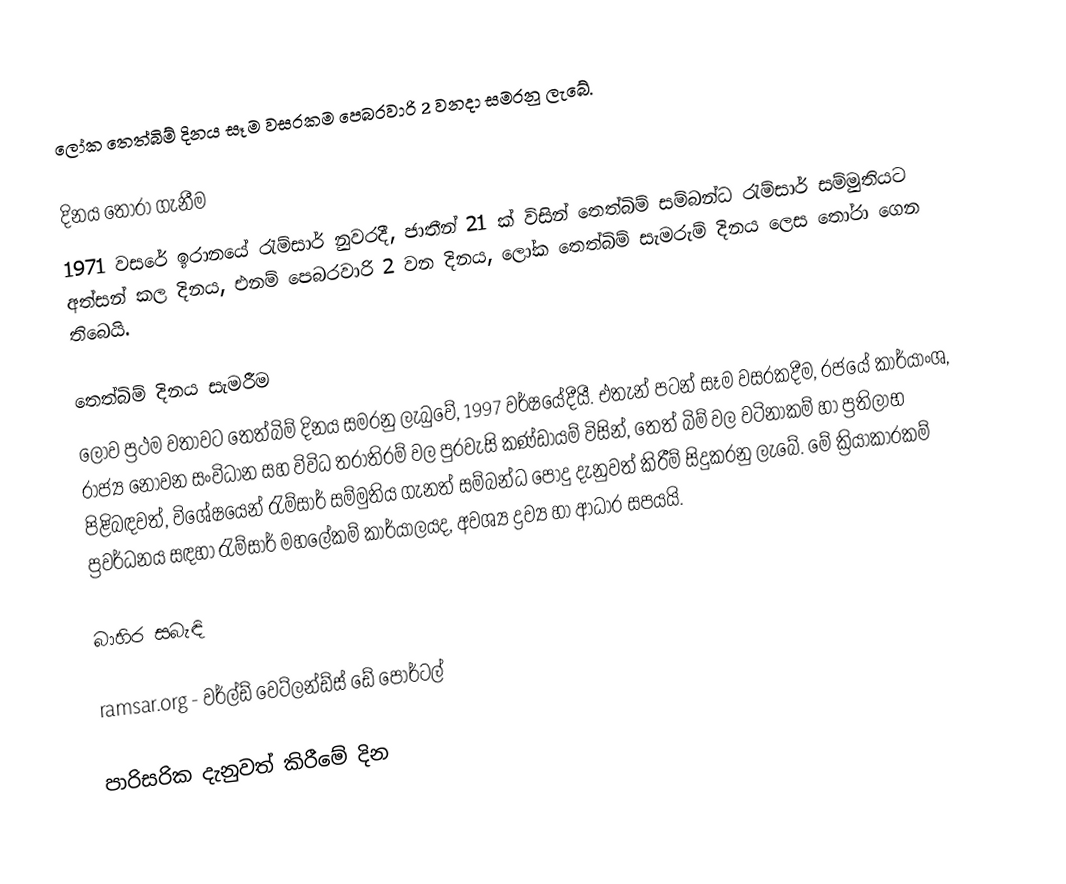
ලෝක තෙත්බිම් දිනය සෑම වසරකම පෙබරවාරි 2 වනදා සමරනු ලැබේ.

දිනය තෝරා ගැනීම
1971 වසරේ ඉරානයේ රැම්සාර් නුවරදී, ජාතීන් 21 ක් විසින් තෙත්බිම් සම්බන්ධ රැම්සාර් සම්මුතියට අත්සන් කල දිනය, එනම් පෙබරවාරි 2 වන දිනය, ලෝක තෙත්බිම් සැමරුම් දිනය ලෙස තෝරා ගෙන තිබෙයි.

තෙත්බිම් දිනය සැමරීම
ලොව ප්‍රථම වතාවට තෙත්බිම් දිනය සමරනු ලැබුවේ, 1997 වර්ෂයේදීයී. එතැන් පටන් සෑම වසරකදීම, රජයේ කාර්යාංශ, රාජ්‍ය නොවන සංවිධාන සහ විවිධ තරාතිරම් වල පුරවැසි කණ්ඩායම් විසින්, තෙත් බිම් වල වටිනාකම් හා ප්‍රතිලාභ පිළිබඳවත්, විශේෂයෙන් රැම්සාර් සම්මුතිය ගැනත් සම්බන්ධ පොදු දැනුවත් කිරීම් සිදුකරනු ලැබේ. මේ ක්‍රියාකාරකම් ප්‍රවර්ධනය සඳහා රැම්සාර් මහලේකම් කාර්යාලයද, අවශ්‍ය ද්‍රව්‍ය හා ආධාර සපයයි.

බාහිර සබැඳි

ramsar.org - වර්ල්ඩ් වෙට්ලන්ඩ්ස් ඩේ පෝර්ටල්

පාරිසරික දැනුවත් කිරීමේ දින